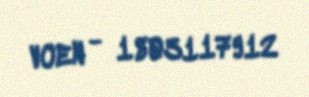
VOEN - 1803117912